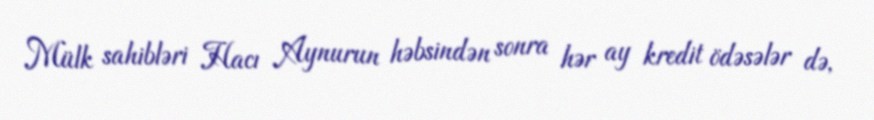
Mülk sahibləri Hacı Aynurun həbsindən sonra hər ay kredit ödəsələr də,